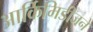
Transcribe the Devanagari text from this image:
आर्किमिडीजने